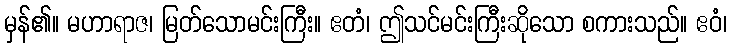
မှန်၏။ မဟာရာဇ၊ မြတ်သောမင်းကြီး။ ဧတံ၊ ဤသင်မင်းကြီးဆိုသော စကားသည်။ ဧဝံ၊